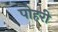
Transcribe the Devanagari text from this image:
पोहरी